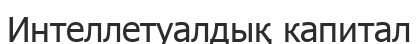
Интеллетуалдық капитал